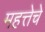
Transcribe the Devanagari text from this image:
महत्तेचे